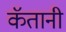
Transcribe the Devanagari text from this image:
कॅतानी